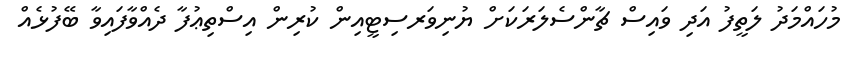
މުހައްމަދު ލަތީފު އަދި ވައިސް ޗާންސެލަރަކަށް ޔުނިވަރސިޓީއިން ކުރިން އިސްތިޢުފާ ދެއްވާފައިވާ ބޭފުޅެއް